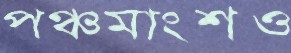
পঞ্চমাংশও